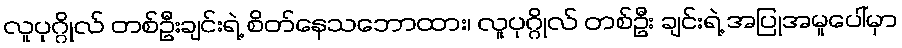
လူပုဂ္ဂိုလ် တစ်ဦးချင်းရဲ့ စိတ်နေသဘောထား၊ လူပုဂ္ဂိုလ် တစ်ဦး ချင်းရဲ့ အပြုအမူပေါ်မှာ